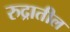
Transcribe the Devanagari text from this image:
रुद्रातील